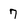
Character: 7